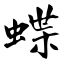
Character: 蝶